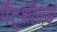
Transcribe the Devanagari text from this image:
पैट्शील्ड